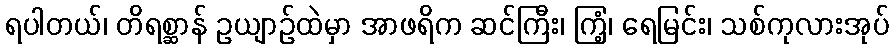
ရပါတယ်၊ တိရစ္ဆာန် ဥယျာဉ်ထဲမှာ အာဖရိက ဆင်ကြီး၊ ကြံ့၊ ရေမြင်း၊ သစ်ကုလားအုပ်